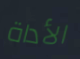
الأداة